Annual vaccination report of Bihar and Orissa - 1911-1928
Year: 1911
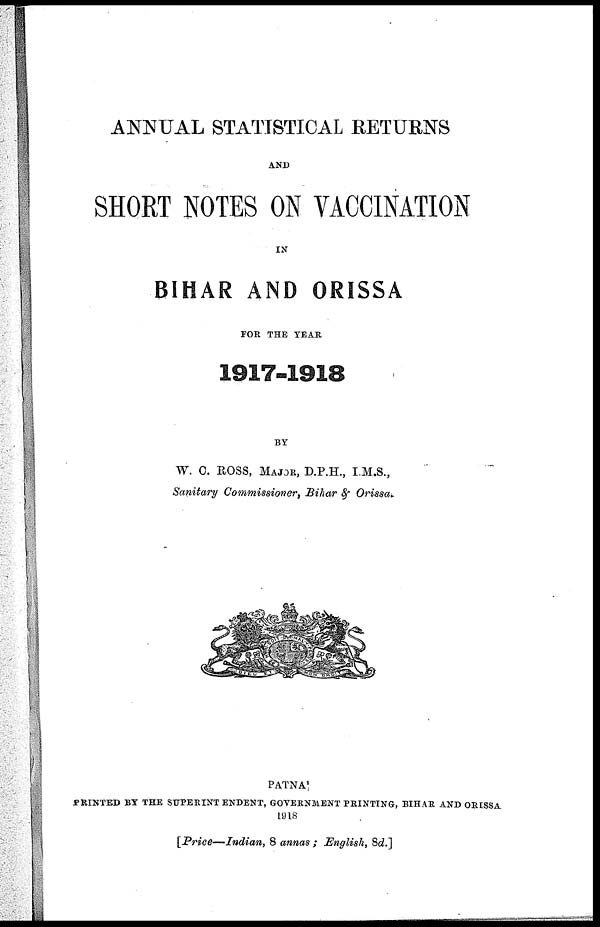
ANNUAL STATISTICAL RETURNS
AND
SHORT NOTES ON VACCINATION
IN
BIHAR AND ORISSA
FOR THE YEAR
1917-1918
BY
W. C. ROSS, MAJOR, D.P.H., I.M.S.,
Sanitary Commissioner, Bihar & Orissa.
PATNA:
PRINTED BY THE SUPERINTENDENT, GOVERNMENT PRINTING, BIHAR AND ORISSA
1918
[Price—Indian, 8 annas ; English, 8d.]